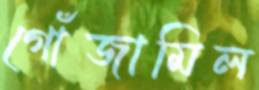
গোঁজামিল